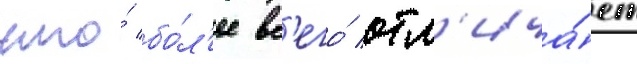
что́ бо́л'ее вс'его́ отл'ича́ет